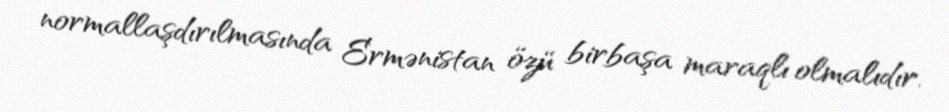
normallaşdırılmasında Ermənistan özü birbaşa maraqlı olmalıdır.